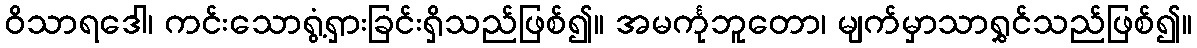
ဝိသာရဒေါ၊ ကင်းသောရွံ့ရှားခြင်းရှိသည်ဖြစ်၍။ အမင်္ကုဘူတော၊ မျက်မှာသာရွှင်သည်ဖြစ်၍။